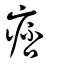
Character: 痞